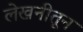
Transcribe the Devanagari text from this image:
लेखनीतून